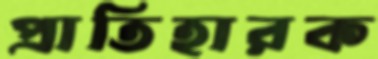
প্রাতিহারক